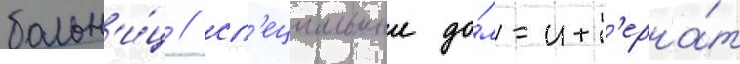
больн'и́ц / сп'ециальныи до́м-инт'ерна́т